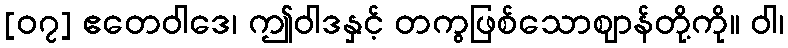
[၀၇] ဧတေဝါဒေ၊ ဤဝါဒနှင့် တကွဖြစ်သောဈာန်တို့ကို။ ဝါ၊